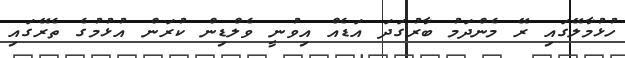
ހުޅުމާލޭގައި ރޭ މެންދަމު ބާރުގަދަ އަޑެއް އިވުނީ ވެލްޑިން ކުރަން އުޅުމުގެ ތެރޭގައި